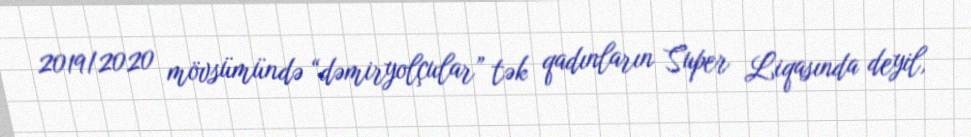
2019/2020 mövsümündə “dəmiryolçular” tək qadınların Super Liqasında deyil,